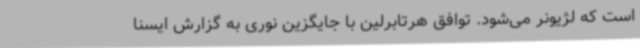
است که لژیونر می‌شود. توافق هرتابرلین با جایگزین نوری به گزارش ایسنا